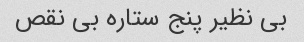
بی نظیر پنج ستاره بی نقص